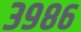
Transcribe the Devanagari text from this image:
३९८६